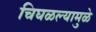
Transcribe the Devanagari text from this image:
चिघळल्यामुळे